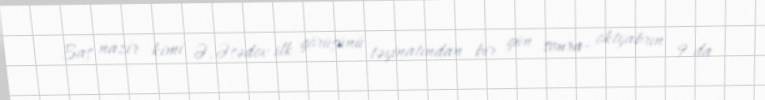
Baş nazir kimi Ə.Əsədov ilk görüşünü təyinatından bir gün sonra- oktyabrın 9-da